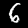
Label: 6